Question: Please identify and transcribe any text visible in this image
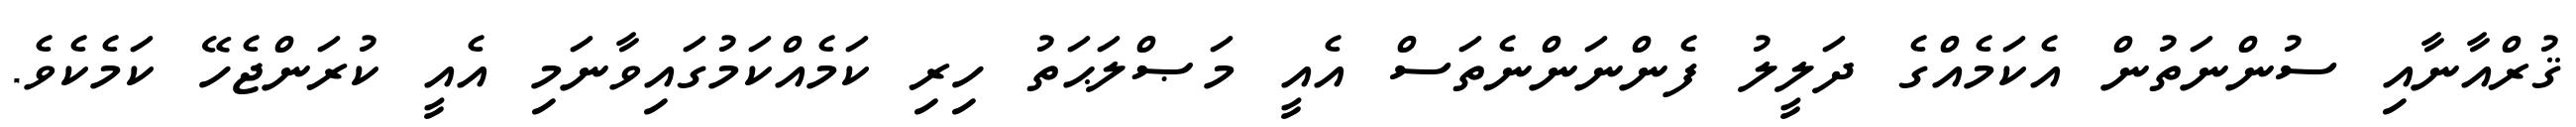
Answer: ޤުރްއާނާއި ސުންނަތުން އެކަމެއްގެ ދަލީލު ފެންނަންނެތަސް އެއީ މަޞްލަޙަތު ހިރި ކަމެއްކަމުގައިވާނަމި އެއީ ކުރަންޖެހޭ ކަމެކެވެ.